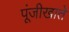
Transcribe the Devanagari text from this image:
पूंजीखाते